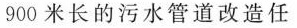
900米长的污水管道改造任